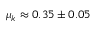
\mu _ { k } \approx 0 . 3 5 \pm 0 . 0 5